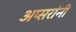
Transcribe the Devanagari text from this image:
अप्सरांनी